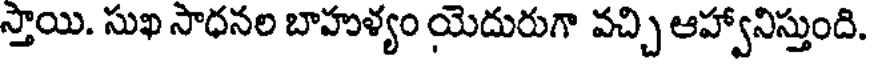
స్తాయి. సుఖ సాధనల బాహుళ్యం యెదురుగా వచ్చి ఆహ్వానిస్తుంది.